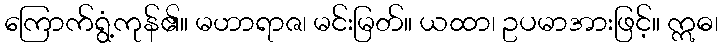
ကြောက်ရွံ့ကုန်၏။ မဟာရာဇ၊ မင်းမြတ်။ ယထာ၊ ဥပမာအားဖြင့်။ ဣဓ၊